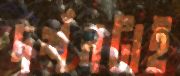
দর্শনটাই